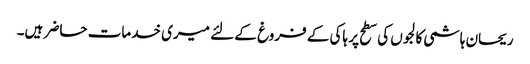
ریحان ہاشمی	کالجوں کی سطح پر ہاکی کے فروغ کے لئے میری خدمات حاضر ہیں۔